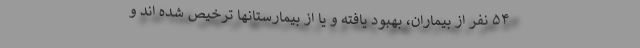
۵۴ نفر از بیماران، بهبود یافته و یا از بیمارستانها ترخیص شده اند و